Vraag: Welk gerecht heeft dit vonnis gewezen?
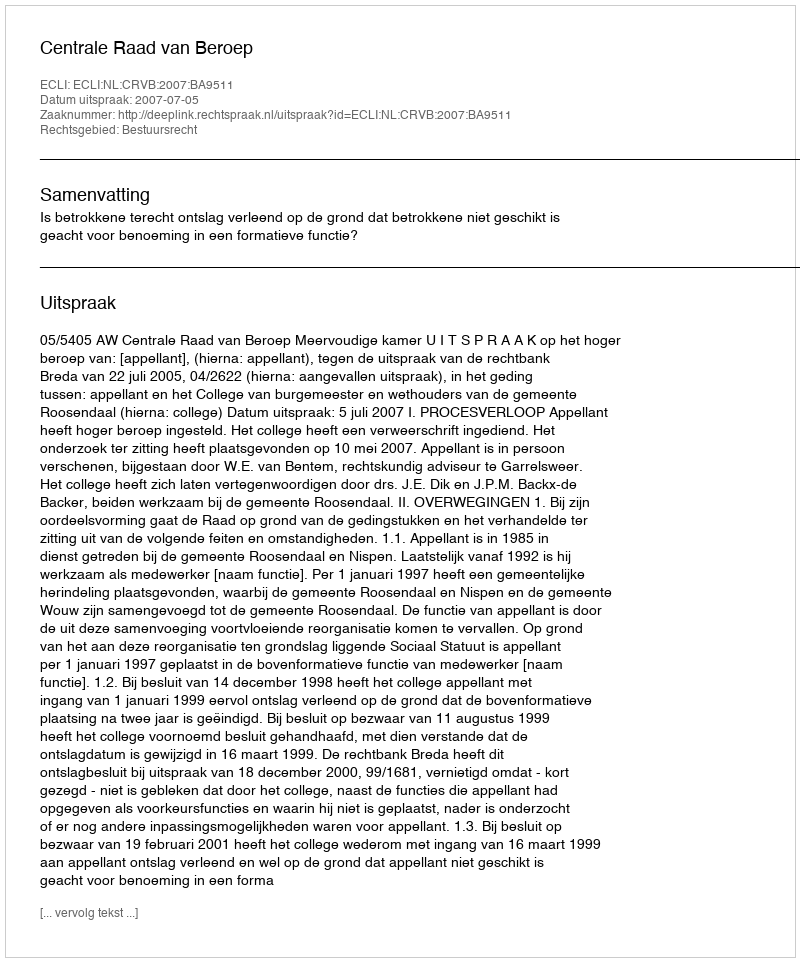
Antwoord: Centrale Raad van Beroep